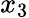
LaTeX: x_{3}